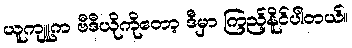
ယူကျူ့က ဗီဒီယိုကိုတော့ ဒီမှာ ကြည့်နိူင်ပါတယ်။